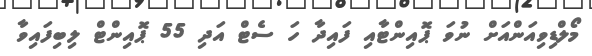
މޯލްޑިވިއަންއަށް ނުވަ ޕޮއިންޓާއި ފައިދާ ހަ ސެޓް އަދި 55 ޕޮއިންޓް ލިބިފައިވާ